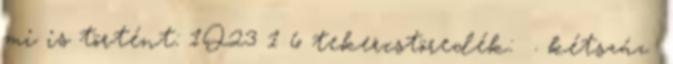
mi is történt: 1Q23 1 6 tekercstöredék: . kétszáz